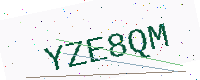
Text: YZE8QM